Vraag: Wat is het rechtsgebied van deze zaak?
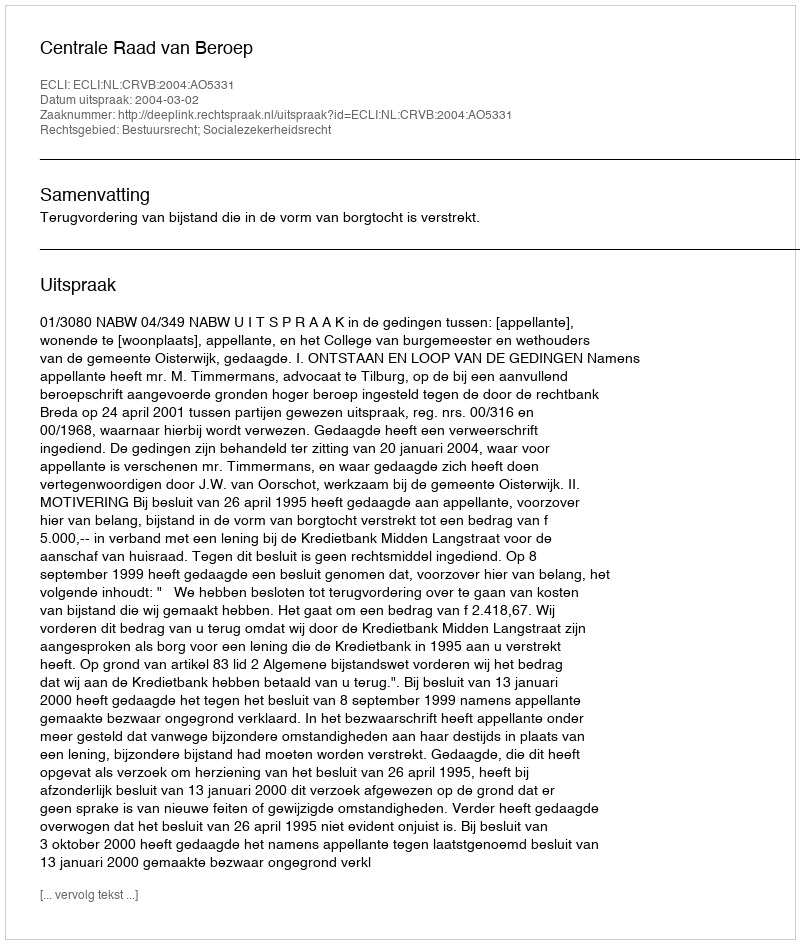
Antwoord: Bestuursrecht; Socialezekerheidsrecht